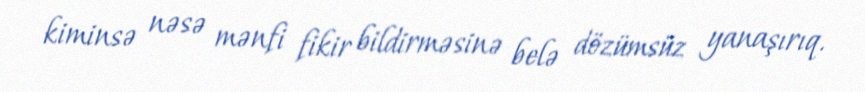
kiminsə nəsə mənfi fikir bildirməsinə belə dözümsüz yanaşırıq.